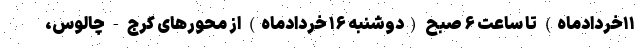
۱۱خردادماه) تا ساعت ۶ صبح (دوشنبه ۱۶ خردادماه) از محورهای کرج - چالوس،